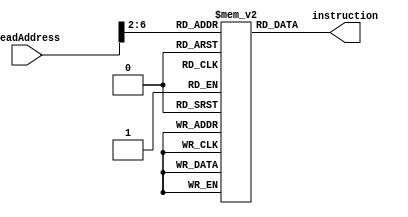
`ifndef __VE370__INSTRUCTION__MEMORY__
`define __VE370__INSTRUCTION__MEMORY__
module instructionMemory(
    input [31:0] readAddress,
    output reg [31:0] instruction
);

wire [31:0] memoryIndex;
assign memoryIndex = readAddress >> 2;

reg [31:0] memory[0:29];

initial begin
    memory[0] = 32'b00100000000010000000000000100000; //addi $t0, $zero, 0x20
    memory[1] = 32'b00100000000010010000000000110111; //addi $t1, $zero, 0x37
    memory[2] = 32'b00000001000010011000000000100100; //and $s0, $t0, $t1
    memory[3] = 32'b00000001000010011000000000100101; //or $s0, $t0, $t1
    memory[4] = 32'b10101100000100000000000000000100; //sw $s0, 4($zero)
    memory[5] = 32'b10101100000010000000000000001000; //sw $t0, 8($zero)
    memory[6] = 32'b00000001000010011000100000100000; //add $s1, $t0, $t1
    memory[7] = 32'b00000001000010011001000000100010; //sub $s2, $t0, $t1
    memory[8] = 32'b00010010001100100000000000001001; //beq $s1, $s2, error0
    memory[9] = 32'b10001100000100010000000000000100; //lw $s1, 4($zero)
    memory[10]= 32'b00110010001100100000000001001000; //andi $s2, $s1, 0x48
    memory[11] =32'b00010010001100100000000000001001; //beq $s1, $s2, error1
    memory[12] =32'b10001100000100110000000000001000; //lw $s3, 8($zero)
    memory[13] =32'b00010010000100110000000000001010; //beq $s0, $s3, error2
    memory[14] =32'b00000010010100011010000000101010; //slt $s4, $s2, $s1 (Last)
    memory[15] =32'b00010010100000000000000000001111; //beq $s4, $0, EXIT
    memory[16] =32'b00000010001000001001000000100000; //add $s2, $s1, $0
    memory[17] =32'b00001000000000000000000000001110; //j Last
    memory[18] =32'b00100000000010000000000000000000; //addi $t0, $0, 0(error0)
    memory[19] =32'b00100000000010010000000000000000; //addi $t1, $0, 0
    memory[20] =32'b00001000000000000000000000011111; //j EXIT
    memory[21] =32'b00100000000010000000000000000001; //addi $t0, $0, 1(error1)
    memory[22] =32'b00100000000010010000000000000001; //addi $t1, $0, 1
    memory[23] =32'b00001000000000000000000000011111; //j EXIT
    memory[24] =32'b00100000000010000000000000000010; //addi $t0, $0, 2(error2)
    memory[25] =32'b00100000000010010000000000000010; //addi $t1, $0, 2
    memory[26] =32'b00001000000000000000000000011111; //j EXIT
    memory[27] =32'b00100000000010000000000000000011; //addi $t0, $0, 3(error3)
    memory[28] =32'b00100000000010010000000000000011; //addi $t1, $0, 3
    memory[29] =32'b00001000000000000000000000011111; //j EXIT
end
always @(*) begin
    instruction = memory[memoryIndex];
end

endmodule // instructionMemory
`endif